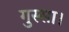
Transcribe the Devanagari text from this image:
गुस्सा।